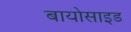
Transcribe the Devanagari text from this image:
बायोसाइड